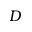
D